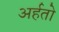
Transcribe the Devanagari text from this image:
अर्हतो